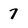
Character: 7